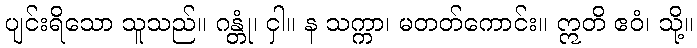
ပျင်းရိသော သူသည်။ ဂန္တုံ၊ ငှါ။ န သက္ကာ၊ မတတ်ကောင်း။ ဣတိ ဧဝံ၊ သို့။